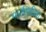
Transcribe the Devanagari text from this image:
पारस्थितिक